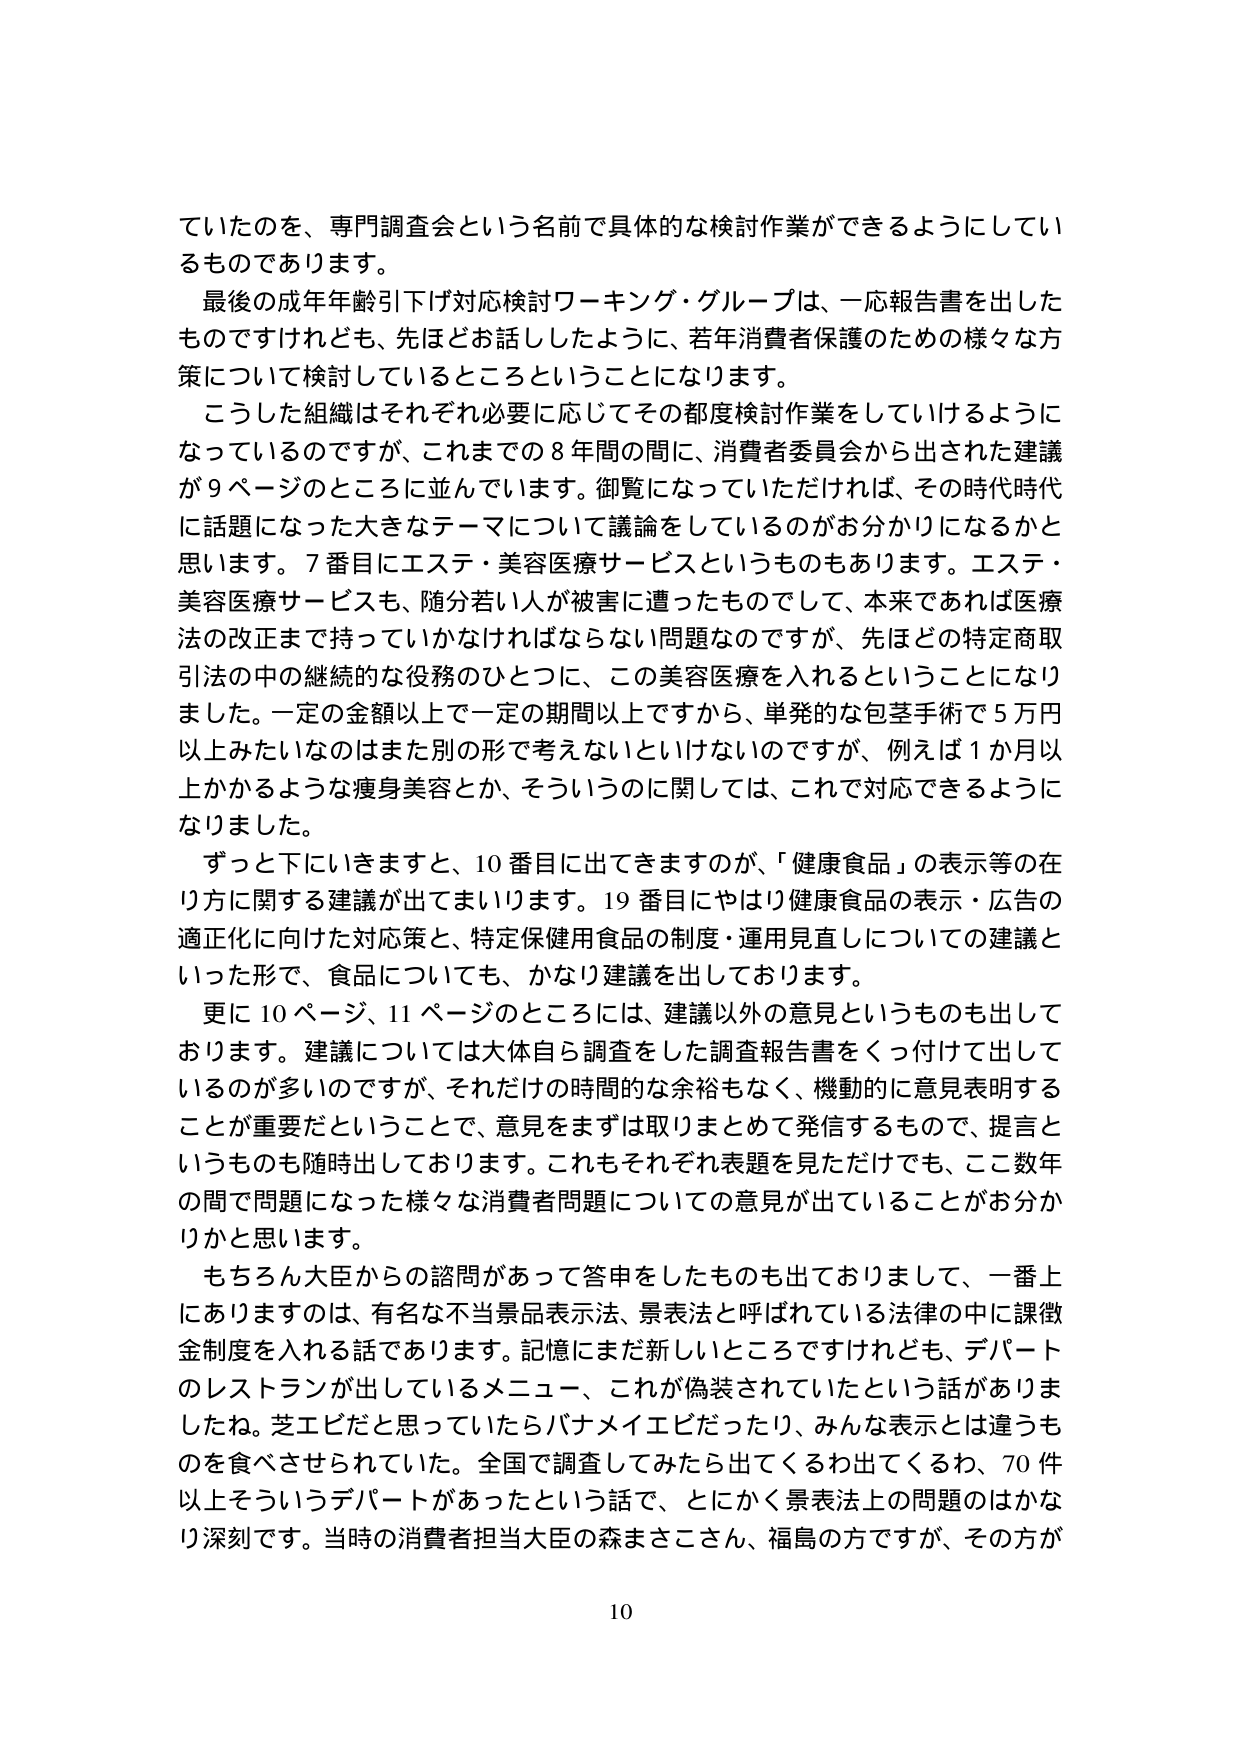
ていたのを、専門調査会という名前で具体的な検討作業ができるようにしているものであります。

最後の成年年齢引下げ対応検討ワーキング・グループは、一応報告書を出したものですがけれども、先ほどお話したように、若年消費者保護のための様々な方策について検討しているところということになります。

こうした組織はそれぞれ必要に応じてその都度検討作業をしていけるようになっているのですが、これまでの8年間の間に、消費者委員会から出された建議が9ページのところに並んでいます。御覧になっていただければ、その時代時代に話題になった大きなテーマについて議論をしているのがお分かりになるかと思います。7番目にエステ・美容医療サービスというものもあります。エステ・美容医療サービスも、随分若い人が被害に遭ったものでして、本来であれば医療法の改正まで持っていかなければならない問題なのですが、先ほどの特定商取引法の中の継続的な役務のひとつに、この美容医療を入れるということになりました。一定の金額以上で一定の期間以上ですから、単発的な包茎手術で5万円以上みたいなのはまた別の形で考えないといけないのですが、例えば1か月以上かかるような痩身美容とか、そういうのに関しては、これで対応できるようになりました。

ずっと下にいきますと、10番目出てきますのが、「健康食品」の表示等の在り方に関する建議が出てまいります。19番目にはやはり健康食品の表示・広告の適正化に向けた対応策と、特定保健用食品の制度・運用見直しについての建議といった形で、食品についても、かなり建議を出しております。

更に10ページ、11ページのところには、建議以外の意見というのもも出しております。建議については大体自ら調査をした調査報告書をくっ付けて出しているのが多いのですが、それだけの時間的な余裕もなく、機動的に意見表明することが重要だということで、意見をまずは取りまとめて発信するもので、提言というものも随時出しております。これもそれぞれ課題を見ただけでも、ここ数年の間で問題になった様々な消費者問題についての意見が出ていることがお分かりかと思います。

もちろん大臣からの諮問があって答申をしたものも出ておりまして、一番上にありますのは、有名な不当景品表示法、景表法と呼ばれている法律の中に課徴金制度を入れる話であります。記憶にまだ新しいところですけれども、デパートのレストランが出しているメニュー、これが偽装されていたという話がありましたね。芝エビだと思っていたらバナメイエビだったり、みんな表示とは違うものを食べさせられていた。全国で調査してみたら出てくるわ出てくるわ、70件以上そういうデパートがあったという話で、とにかく景表法上の問題はかなり深刻です。当時の消費者担当大臣の森まさこさん、福島の方ですが、その方が

10